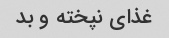
غذای نپخته و بد